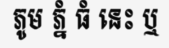
ភូម ភ្នំ ធំ នេះ ឬ